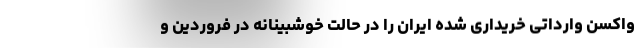
واکسن وارداتی خریداری شده ایران را در حالت خوشبینانه در فروردین و